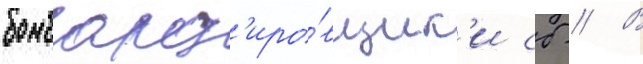
бомбард'иро́вщик'и сб // В